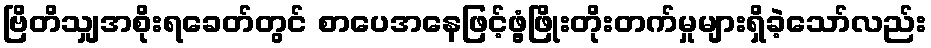
ဗြိတိသျှအစိုးရခေတ်တွင် စာပေအနေဖြင့်ဖွံ့ဖြိုးတိုးတက်မှုများရှိခဲ့သော်လည်း